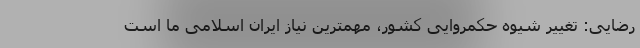
رضایی: تغییر شیوه حکمروایی کشور، مهمترین نیاز ایران اسلامی ما است